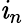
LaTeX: \mathit{i}_{n}